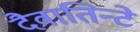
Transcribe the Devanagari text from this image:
दैवातिन्टे